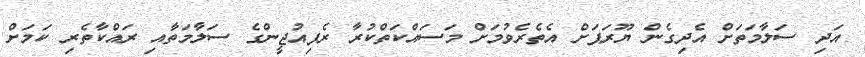
އަދި ސަލާމަތަށް އެދިގެން ޔޫރަޕަށް އެތެރެވުމަށް މަސައްކަތްކުރާ ރެފިއުޖީންގެ ސަލާމަތާއި ރައްކާތެރި ކަމަށް